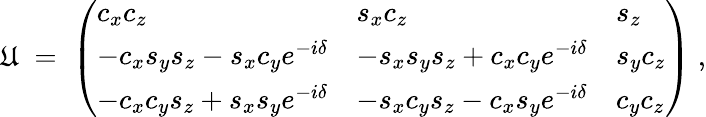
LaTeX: \mathfrak{U}\; =\; \left(\begin{array}{lll}{{c_{x}c_{z}}}&{{s_{x}c_{z}}}&{{s_{z}}}\\ {{-c_{x}s_{y}s_{z}-s_{x}c_{y}e^{-i\delta}}}&{{-s_{x}s_{y}s_{z}+c_{x}c_{y}e^{-i\delta}}}&{{s_{y}c_{z}}}\\ {{-c_{x}c_{y}s_{z}+s_{x}s_{y}e^{-i\delta}}}&{{-s_{x}c_{y}s_{z}-c_{x}s_{y}e^{-i\delta}}}&{{c_{y}c_{z}}}\end{array}\right)\; ,